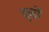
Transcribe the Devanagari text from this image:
कुड़ों